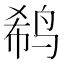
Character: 𱉹